system: You are a helpful assistant.
user:
Analyze the provided spectrum to determine if it is a **S-type Star**.

- **Key Indicators for S-type Star:**

    - **(Overall Spectrum Shape):** The first and most obvious characteristic is the overall continuum (the "baseline" shape). It is **extremely "red-sloping,"** meaning the flux (light intensity) is very low on the left side (blue, ~4000-4500 Å) and rises steeply and continuously toward the right side (red, ~7000 Å+).

    - **(Primary):** The spectrum is defined by the presence of strong, broad molecular absorption "valleys" (bands) from **Zirconium Oxide (ZrO)**. The identification of these bands is the **primary requirement** for classifying a star as S-type.
        - **(Key Bandheads):** You must find distinct, deep "dips" where the light has been absorbed. The most critical band systems to locate are:
            - **~6474 Å** ($\gamma$-system): This is often the strongest and clearest ZrO feature, found in the red part of the spectrum.
            - **~5718 Å** & **~5551 Å** ($\beta$-system): A pair of prominent absorption features in the yellow-orange part of the spectrum.
            - **~4640 Å** ($\alpha$-system): A key absorption band system in the blue-green region of the spectrum.

    - **(Secondary Confirmation):** The classification is strengthened by finding additional absorption bands from other related heavy element oxides, which are expected to be present alongside ZrO.
        - **(Key Bandheads):**
            - **Yttrium Oxide (YO):** Look for absorption dips near **~4800 Å** and **~6100 Å**.
            - **Lanthanum Oxide (LaO):** Additional absorption features, particularly in the red-orange part of the spectrum, are also characteristic.

    - **(Line Profile):** The combination of the steep red continuum and these numerous, deep molecular bands (ZrO, YO, etc.) gives the entire spectrum a very **"chopped-up"** or **"bumpy"** appearance. Instead of a smooth curve, the spectrum looks as though large, wide chunks of light have been "carved out" of it at the specific wavelengths listed above.

Think first, call **spectral_visualization_tool** if needed to examine features in detail, then provide your final answer. Your response must adhere to the following strict rules:
1.  **Overall Structure:** Your response must follow the format `<think>...</think> <tool_call>...</tool_call> (if a tool is used) <answer>...</answer>`.
2.  **Tool Usage Constraint:** You may only make **one** tool call per turn.
3.  **Final Answer Format:** In the `<answer>` tag, your conclusion must be inside a `\boxed{}` command (e.g., `\boxed{YES}` or `\boxed{NO}`), followed by your justification.

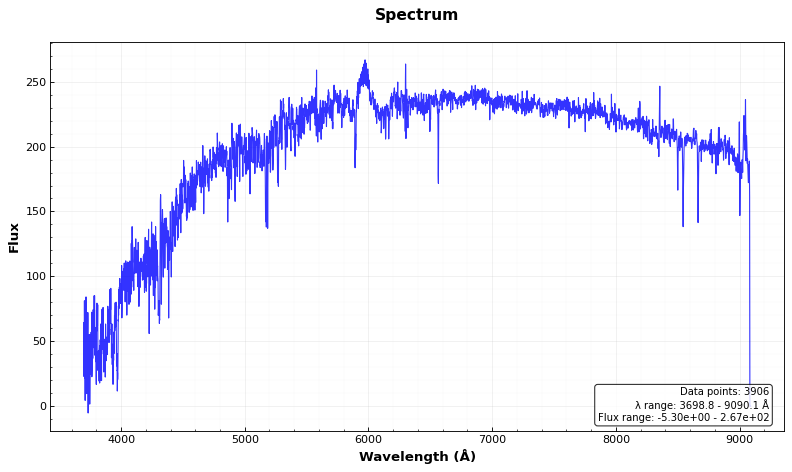
Answer: NO